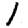
Digit: 1